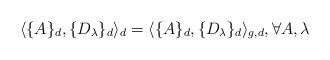
LaTeX: \begin{align*}\langle \{A\}_d, \{ D_{\lambda}\}_d \rangle_d = \langle \{A\}_d, \{ D_{\lambda}\}_d \rangle_{g,d}, \forall A, \lambda\end{align*}